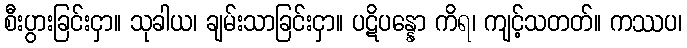
စီးပွားခြင်းငှာ။ သုခါယ၊ ချမ်းသာခြင်းငှာ။ ပဋိပန္နော ကိရ၊ ကျင့်သတတ်။ ကဿပ၊